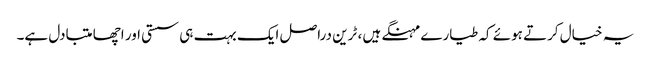
یہ خیال کرتے ہوئے کہ طیارے مہنگے ہیں ، ٹرین دراصل ایک بہت ہی سستی اور اچھا متبادل ہے۔